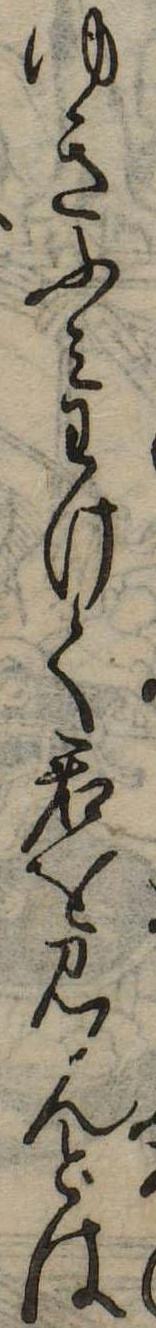
ゆきふみわけて君を見んとは